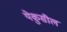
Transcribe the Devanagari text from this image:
येकुसील